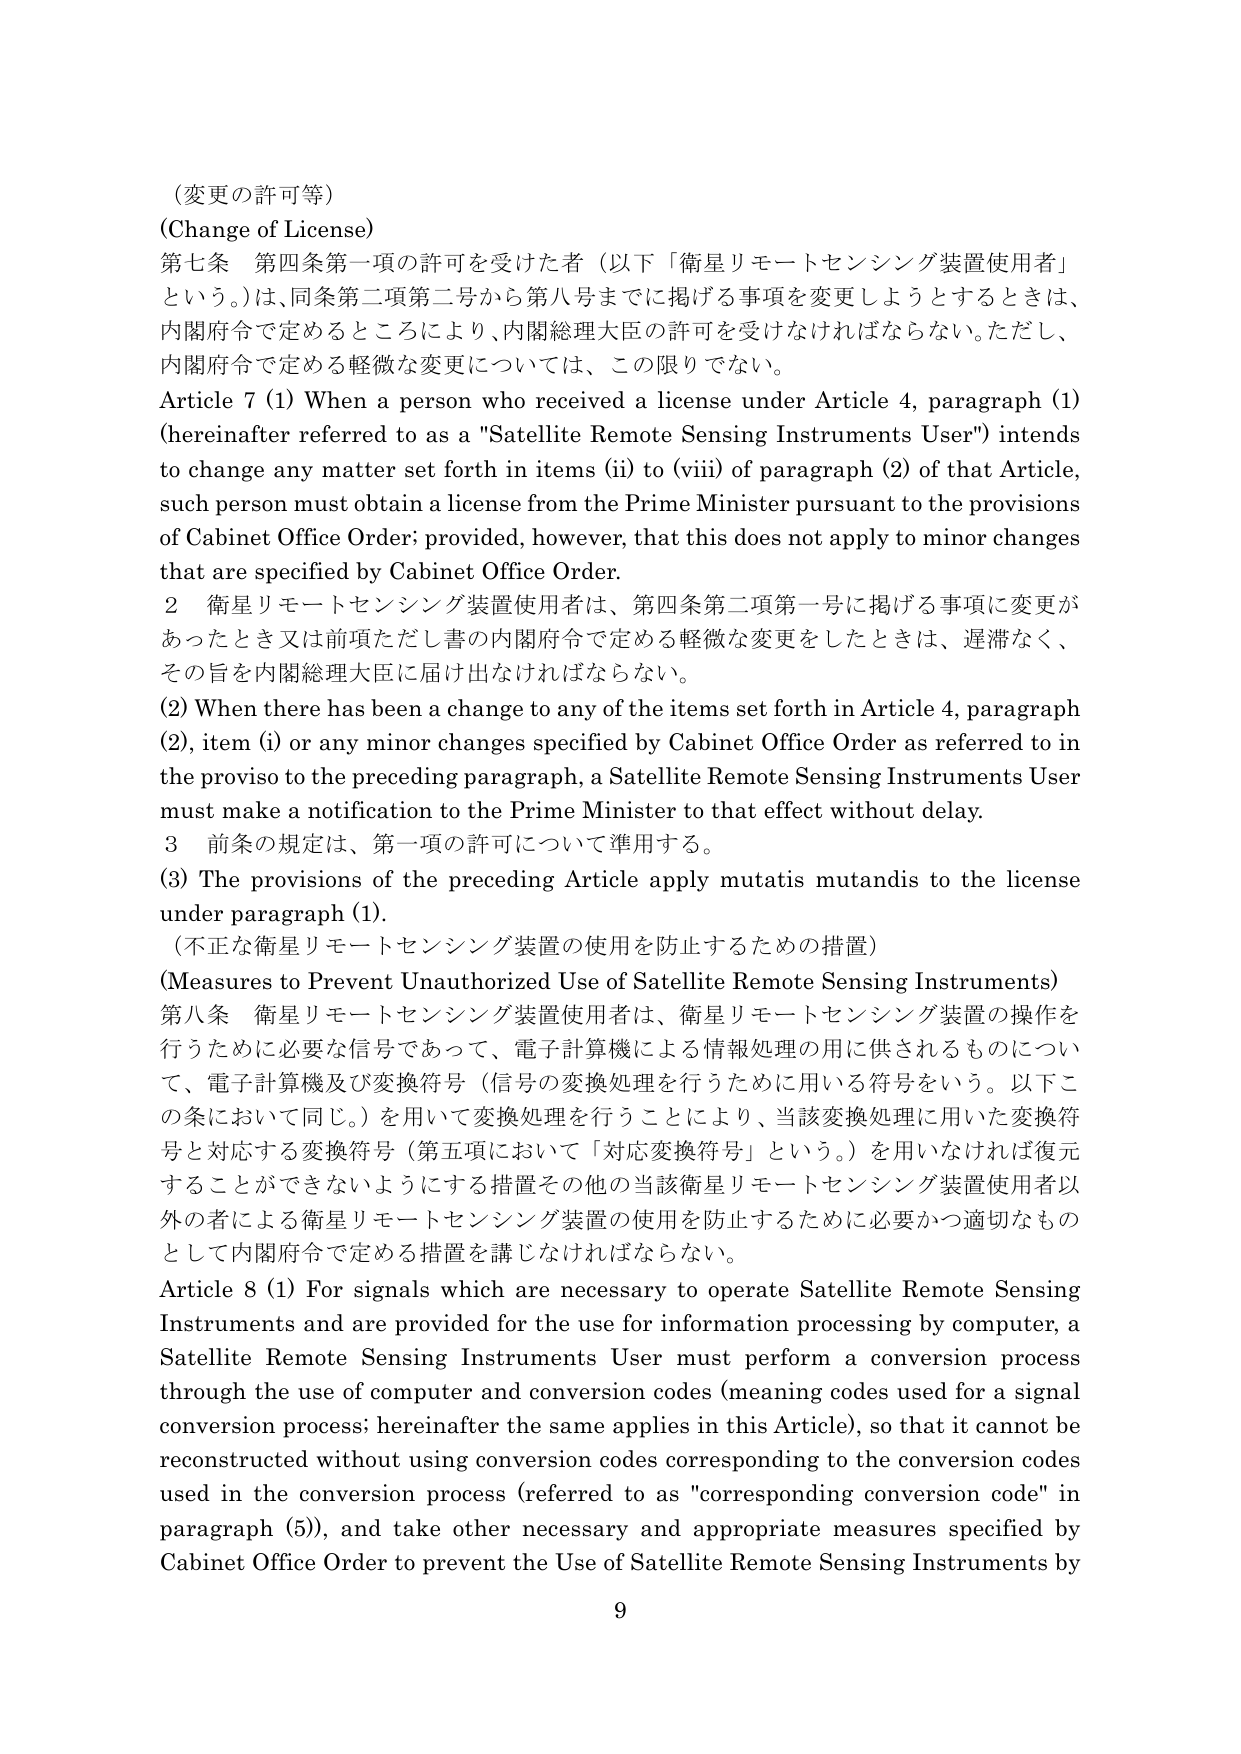
（変更の許可等）
（Change of License）
第七条 第四条第一項の許可を受けた者（以下「衛星リモートセンシング装置使用者」という。）は、同条第二項第二号から第八号までに掲げる事項を変更しようとするときは、内閣府令で定めるところにより、内閣総理大臣の許可を受けなければならない。ただし、内閣府令で定める軽微な変更については、この限りでない。
Article 7 (1) When a person who received a license under Article 4, paragraph (1) (hereinafter referred to as a "Satellite Remote Sensing Instruments User") intends to change any matter set forth in items (ii) to (viii) of paragraph (2) of that Article, such person must obtain a license from the Prime Minister pursuant to the provisions of Cabinet Office Order; provided, however, that this does not apply to minor changes that are specified by Cabinet Office Order.
2 衛星リモートセンシング装置使用者は、第四条第二項第一号に掲げる事項に変更があったとき又は前項ただし書の内閣府令で定める軽微な変更をしたときは、遅滞なく、その旨を内閣総理大臣に届け出なければならない。
(2) When there has been a change to any of the items set forth in Article 4, paragraph (2), item (i) or any minor changes specified by Cabinet Office Order as referred to in the proviso to the preceding paragraph, a Satellite Remote Sensing Instruments User must make a notification to the Prime Minister to that effect without delay.
3 前条の規定は、第一項の許可について準用する。
(3) The provisions of the preceding Article apply mutatis mutandis to the license under paragraph (1).
（不正な衛星リモートセンシング装置の使用を防止するための措置）
（Measures to Prevent Unauthorized Use of Satellite Remote Sensing Instruments）
第八条 衛星リモートセンシング装置使用者は、衛星リモートセンシング装置の操作を行うために必要な信号であって、電子計算機による情報処理の用に供されるものについて、電子計算機及び変換符号（信号の変換処理を行うために用いる符号をいう。以下この条において同じ。）を用いて変換処理を行うことにより、当該変換処理に用いた変換符号と対応する変換符号（第五項において「対応変換符号」という。）を用いなければ復元することができないようにする措置その他その当該衛星リモートセンシング装置使用者以外の者による衛星リモートセンシング装置の使用を防止するために必要かつ適切なものとして内閣府令で定める措置を講じなければならない。
Article 8 (1) For signals which are necessary to operate Satellite Remote Sensing Instruments and are provided for the use for information processing by computer, a Satellite Remote Sensing Instruments User must perform a conversion process through the use of computer and conversion codes (meaning codes used for a signal conversion process; hereinafter the same applies in this Article), so that it cannot be reconstructed without using conversion codes corresponding to the conversion codes used in the conversion process (referred to as "corresponding conversion code" in paragraph (5)), and take other necessary and appropriate measures specified by Cabinet Office Order to prevent the Use of Satellite Remote Sensing Instruments by
9